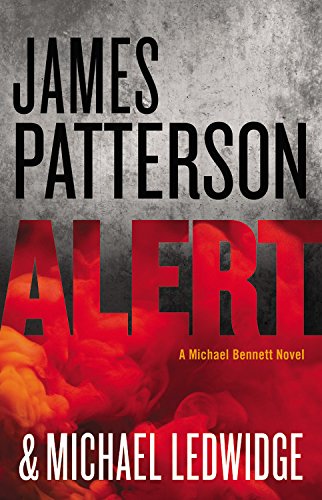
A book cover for Alert (Michael Bennett); James Patterson; Mystery, Thriller & Suspense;